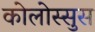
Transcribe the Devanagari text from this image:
कोलोस्सुस